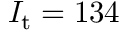
I _ { \mathrm { t } } = 1 3 4